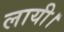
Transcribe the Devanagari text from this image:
लायी।